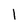
Character: l